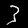
Digit: 3